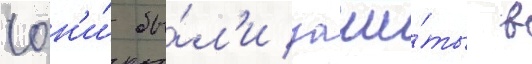
(он'и́ бы́л'и заши́ты в